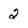
Character: 2